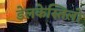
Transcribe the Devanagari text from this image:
डेलकेस्तिलो